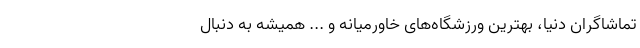
تماشاگران دنیا، بهترین ورزشگاه‌های خاورمیانه و ... همیشه به دنبال